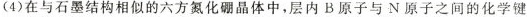
(4)在与石墨结构相似的六方氮化硼晶体中，层内B原子与N原子之间的化学键